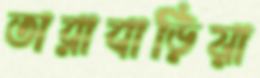
তারাবাড়িয়া